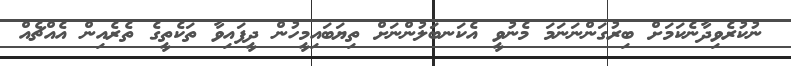
ނުކުރެވިދާނެކަމަށް ބިރުގަންނަނަމަ މެނުވީ އެކަނބަލުންނަށް ތިޔަބައިމީހުން ދީފައިވާ ތަކެތީގެ ތެރެއިން އެއްޗެއް